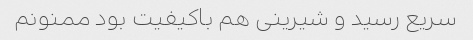
سریع رسید و شیرینی هم باکیفیت بود ممنونم